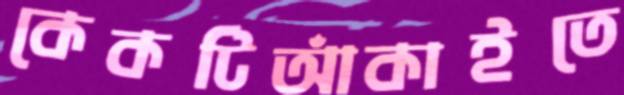
কেকটিআঁকাইতে